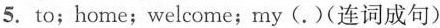
5. to;home;welcome;my(.)(连词成句)